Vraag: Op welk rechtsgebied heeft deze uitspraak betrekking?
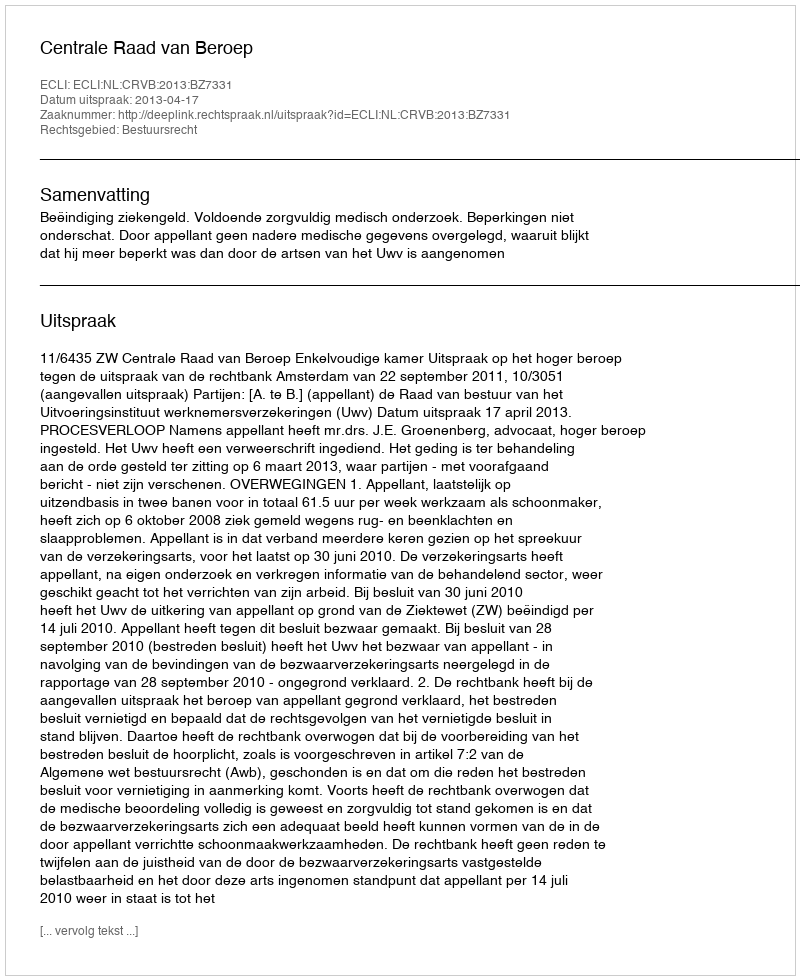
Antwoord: Bestuursrecht